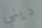
ديني